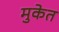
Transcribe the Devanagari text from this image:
मुकेत